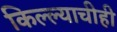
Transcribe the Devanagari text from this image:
किल्ल्याचीही